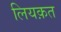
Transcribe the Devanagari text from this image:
लियक़त